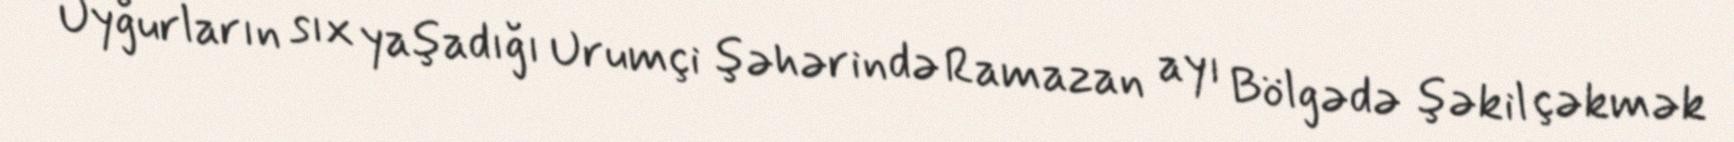
Uyğurların sıx yaşadığı Urumçi şəhərində Ramazan ayı Bölgədə şəkil çəkmək